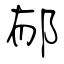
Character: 郁